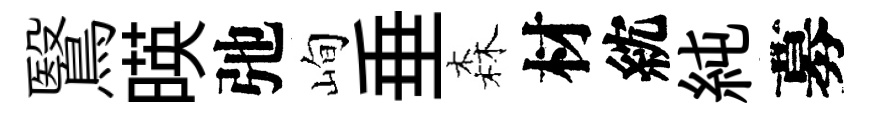
鷖暎弛峋垂森材紞純募